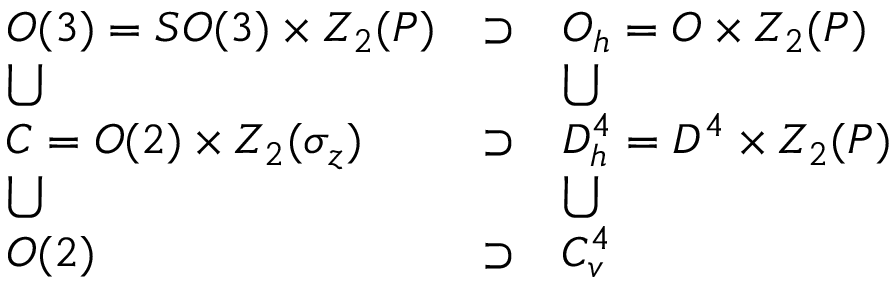
\begin{array} { l l l } { { O ( 3 ) = S O ( 3 ) \times Z _ { 2 } ( P ) } } & { { \supset } } & { { O _ { h } = O \times Z _ { 2 } ( P ) } } \\ { { \bigcup } } & { { } } & { { \bigcup } } \\ { { { \cal C } = O ( 2 ) \times Z _ { 2 } ( \sigma _ { z } ) } } & { { \supset } } & { { D _ { h } ^ { 4 } = D ^ { 4 } \times Z _ { 2 } ( P ) } } \\ { { \bigcup } } & { { } } & { { \bigcup } } \\ { { O ( 2 ) } } & { { \supset } } & { { C _ { v } ^ { 4 } } } \end{array}